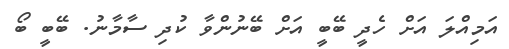
އަމިއްލަ އަށް ހެދީ ބޭބީ އަށް ބޭނުންވާ ކުދި ސާމާނު. ބޭބީ ބޯ